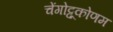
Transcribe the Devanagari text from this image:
चेंगोट्टूकोणम